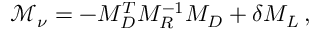
\mathcal { M } _ { \nu } = - M _ { D } ^ { T } M _ { R } ^ { - 1 } M _ { D } + \delta M _ { L } \, ,